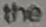
the